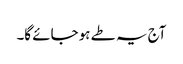
آج یہ طے ہو جائے گا۔